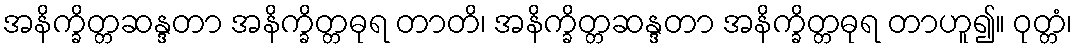
အနိက္ခိတ္တဆန္ဒတာ အနိက္ခိတ္တဓုရ တာတိ၊ အနိက္ခိတ္တဆန္ဒတာ အနိက္ခိတ္တဓုရ တာဟူ၍။ ဝုတ္တံ၊